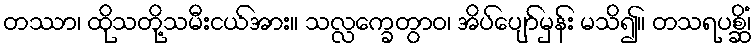
တဿာ၊ ထိုသတို့သမီးငယ်အား။ သလ္လက္ခေတွာဝ၊ အိပ်ပျော်မှန်း မသိ၍။ တသရပစ္ဆိံ၊